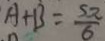
A + B = \frac { 5 \pi } { 6 }